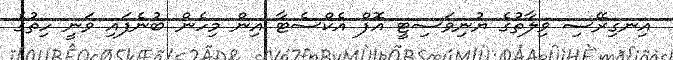
އިނގިރޭސި ވިލާތުގެ ޔުނިވަސިޓީ އޮފް އެކްސެޓާ އިން މިހެން ބުނެފައި ވަނީ ހިތުގެ